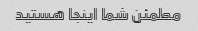
مطمئن شما اینجا هستید